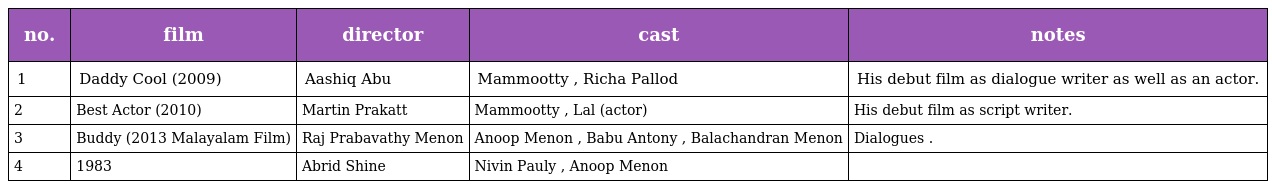
| no. | film | director | cast | notes |
 | --- | --- | --- | --- | --- |
 | 1 | Daddy Cool (2009) | Aashiq Abu | Mammootty , Richa Pallod | His debut film as dialogue writer as well as an actor. |
 | 2 | Best Actor (2010) | Martin Prakatt | Mammootty , Lal (actor) | His debut film as script writer. |
 | 3 | Buddy (2013 Malayalam Film) | Raj Prabavathy Menon | Anoop Menon , Babu Antony , Balachandran Menon | Dialogues . |
 | 4 | 1983 | Abrid Shine | Nivin Pauly , Anoop Menon |  |